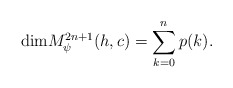
\begin{align*}{\rm dim}M_{\psi}^{2n+1}(h,c)=\sum_{k=0}^{n}p(k).\end{align*}